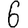
Digit: 6